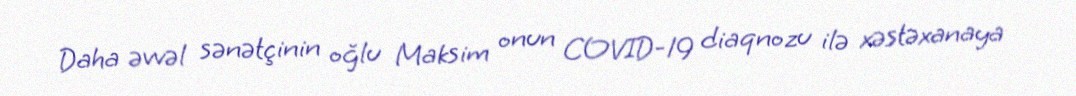
Daha əvvəl sənətçinin oğlu Maksim onun COVID-19 diaqnozu ilə xəstəxanaya